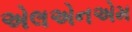
એલએનએમ